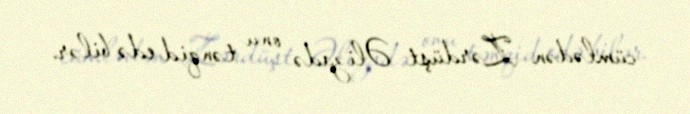
cümlədən Zərdüşt Əlizadə onu tənqid edə bilər.